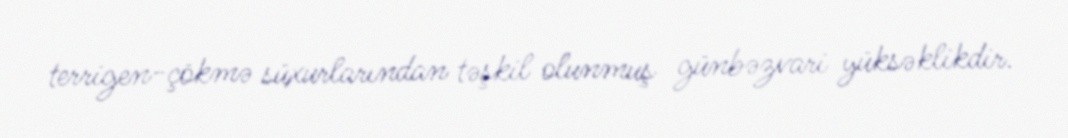
terrigen-çökmə süxurlarından təşkil olunmuş günbəzvari yüksəklikdir.